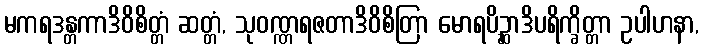
မကရဒန္တကာဒိဝိစိတ္တံ ဆတ္တံ, သုဝဏ္ဏရဇတာဒိဝိစိတြာ မောရပိဉ္ဆာဒိပရိက္ခိတ္တာ ဥပါဟနာ,